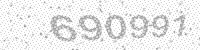
Solution: 690991